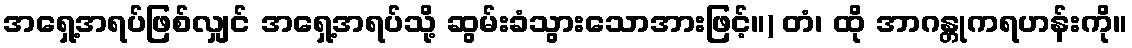
အရှေ့အရပ်ဖြစ်လျှင် အရှေ့အရပ်သို့ ဆွမ်းခံသွားသောအားဖြင့်။) တံ၊ ထို အာဂန္တုကရဟန်းကို။